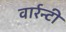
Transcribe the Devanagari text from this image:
वार्रन्टी